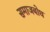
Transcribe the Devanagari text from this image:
समाजबोध